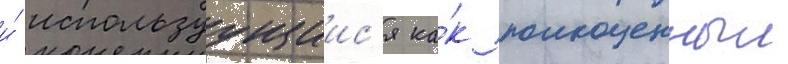
и́ используущиис'я ка́к полноценныи